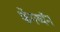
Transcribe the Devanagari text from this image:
फेंगथ्यॅन